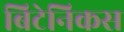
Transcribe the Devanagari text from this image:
ब्रिटेनिकस